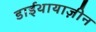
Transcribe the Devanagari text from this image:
डाईथायाज़ीन